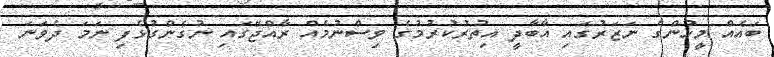
ބައެއް މީހުންގެ ނަޒަރުގައި އާބާދީ އިތުރުކުރުމުގެ ވިސްނުމެއް ރާއްޖޭގައި ނުގެންގުޅެފި ނަމަ ދެވަނަ